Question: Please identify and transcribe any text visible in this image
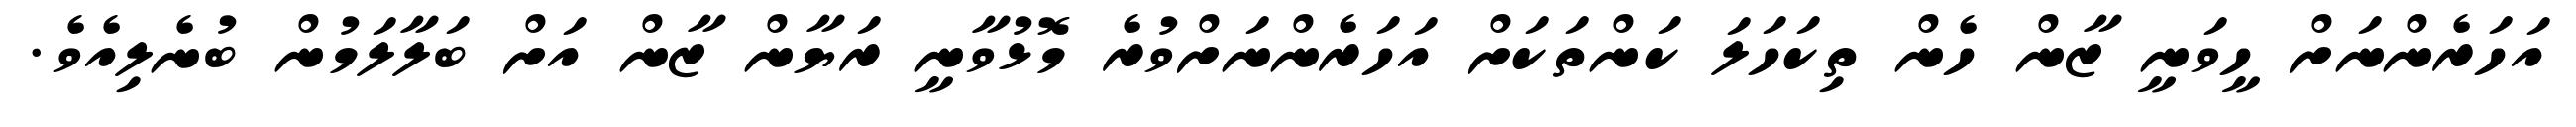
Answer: އަހަރެންނަށް ހީވަނީ ޒާން ހެން ތިކަހަލަ ކަންތަކަށް އަހަރެންނަށްވުރެ މޮޅުވާނީ ރަޔާން ޒާން އަށް ބަލާލަމުން ބުނެލިއެވެ.